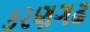
કરણગઢ